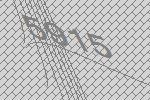
5915